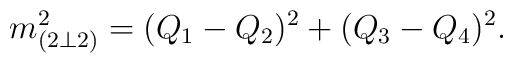
m_{(2 \bot 2)}^{2} = (Q_1 - Q_2)^2 + (Q_3 - Q_4)^2.